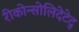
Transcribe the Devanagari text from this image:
रीकोन्सोलिदेटेद्